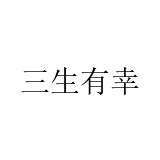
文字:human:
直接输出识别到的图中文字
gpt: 三生有幸